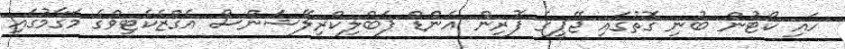
ހައި ކޯޓުން ބުނި ގޮތުގައި ޖޭޕީގެ ފޮރިން އެންޑް ޕަބްލިކްރިލޭޝަންސް އެގްޒެކެޓިވްގެ މަގާމުގައި